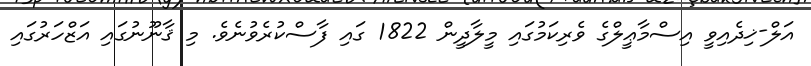
އަލް-ޚިދެއިވީ އިސްމާޢީލްގެ ވެރިކަމުގައި މީލާދީން 1822 ގައި ފާސްކުރެވުނެވެ. މި ޤާނޫނުގައި އަޒްހަރުގައި